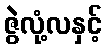
ဇွဲလုံ့လနှင့်